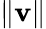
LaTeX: \| \mathbf{v}\|